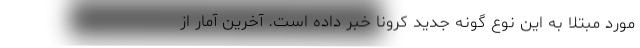
مورد مبتلا به این نوع گونه جدید کرونا خبر داده است. آخرین آمار از